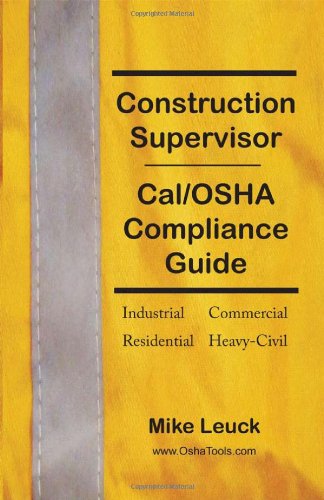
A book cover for Construction Supervisor Cal/OSHA Compliance Guide; Mike Leuck; Law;